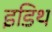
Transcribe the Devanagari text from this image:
इडिथ